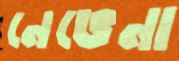
নেভেনা